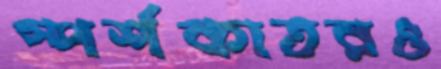
স্পর্শকাতরও